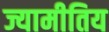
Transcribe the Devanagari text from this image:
ज्यामीतिय